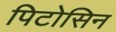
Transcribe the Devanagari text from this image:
पिटोसिन